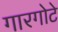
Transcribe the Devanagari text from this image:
गारगोटे